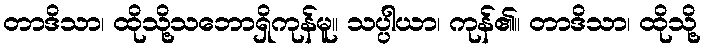
တာဒိသာ၊ ထိုသို့သဘောရှိကုန်မူ။ သပ္ပါယာ၊ ကုန်၏။ တာဒိသာ၊ ထိုသို့